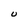
Character: U